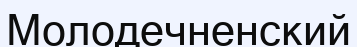
Молодечненский